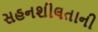
સહનશીલતાની